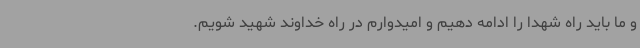
و ما باید راه شهدا را ادامه دهیم و امیدوارم در راه خداوند شهید شویم.